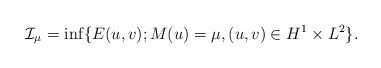
LaTeX: \begin{align*}\mathcal{I}_{\mu}=\inf\{E(u,v); M(u)=\mu, (u,v)\in H^1\times L^2\}. \end{align*}